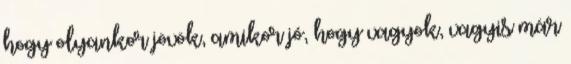
hogy olyankor jövök, amikor jó, hogy vagyok, vagyis már